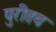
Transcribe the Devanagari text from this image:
पुरीतच